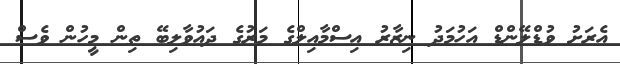
އެރަށު ވުޑްލޭންޑް އަހުމަދު ނިޒާރު އިސްމާއިލްގެ މަރުގެ ދައުވާލިބޭ ތިން މީހުން ވެސް